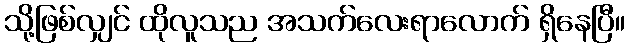
သို့ဖြစ်လျှင် ထိုလူသည အသက်လေးရာလောက် ရှိနေပြီ။